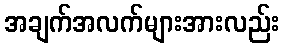
အချက်အလက်များအားလည်း